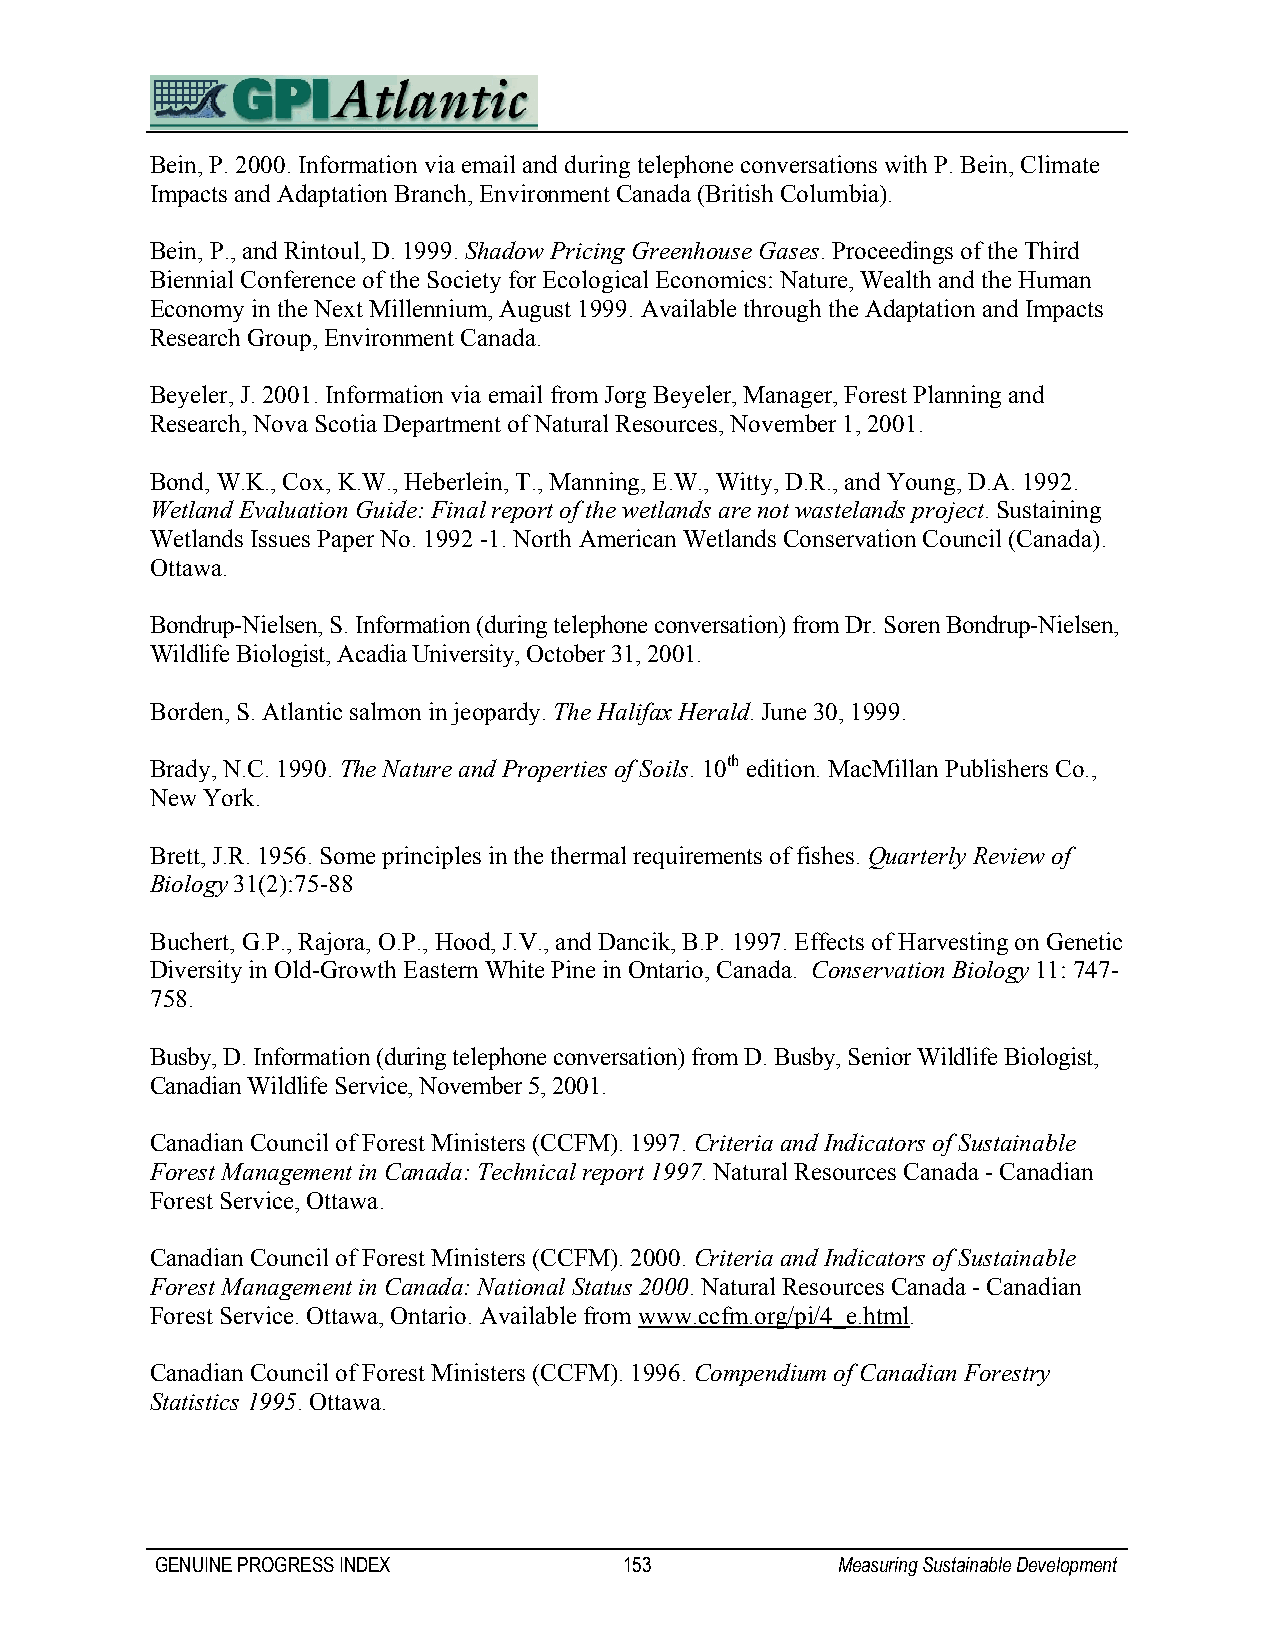
Bein, P. 2000. Information via email and during telephone conversations with P. Bein, Climate
 Impacts and Adaptation Branch, Environment Canada (British Columbia).
 Bein, P., and Rintoul, D. 1999. Shadow Pricing Greenhouse Gases. Proceedings of the Third
 Biennial Conference of the Society for Ecological Economics: Nature, Wealth and the Human
 Economy in the Next Millennium, August 1999. Available through the Adaptation and Impacts
 Research Group, Environment Canada.
 Beyeler, J. 2001. Information via email from Jorg Beyeler, Manager, Forest Planning and
 Research, Nova Scotia Department of Natural Resources, November 1, 2001.
 Bond, W.K., Cox, K.W., Heberlein, T., Manning, E.W., Witty, D.R., and Young, D.A. 1992.
 Wetland Evaluation Guide: Final report of the wetlands are not wastelands project. Sustaining
 Wetlands Issues Paper No. 1992 -1. North American Wetlands Conservation Council (Canada).
 Ottawa.
 Bondrup-Nielsen, S. Information (during telephone conversation) from Dr. Soren Bondrup-Nielsen,
 Wildlife Biologist, Acadia University, October 31, 2001.
 Borden, S. Atlantic salmon in jeopardy. The Halifax Herald. June 30, 1999.
 Brady, N.C. 1990. The Nature and Properties of Soils. 10th edition. MacMillan Publishers Co.,
 New York.
 Brett, J.R. 1956. Some principles in the thermal requirements of fishes. Quarterly Review of
 Biology 31(2):75-88
 Buchert, G.P., Rajora, O.P., Hood, J.V., and Dancik, B.P. 1997. Effects of Harvesting on Genetic
 Diversity in Old-Growth Eastern White Pine in Ontario, Canada. Conservation Biology 11: 747-
 758.
 Busby, D. Information (during telephone conversation) from D. Busby, Senior Wildlife Biologist,
 Canadian Wildlife Service, November 5, 2001.
 Canadian Council of Forest Ministers (CCFM). 1997. Criteria and Indicators of Sustainable
 Forest Management in Canada: Technical report 1997. Natural Resources Canada - Canadian
 Forest Service, Ottawa.
 Canadian Council of Forest Ministers (CCFM). 2000. Criteria and Indicators of Sustainable
 Forest Management in Canada: National Status 2000. Natural Resources Canada - Canadian
 Forest Service. Ottawa, Ontario. Available from www.ccfm.org/pi/4_e.html.
 Canadian Council of Forest Ministers (CCFM). 1996. Compendium of Canadian Forestry
 Statistics 1995. Ottawa.
 GENUINE PROGRESS INDEX         153           Measuring Sustainable Development